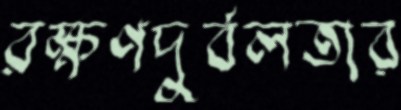
রক্ষণদুর্বলতার